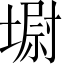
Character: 墛